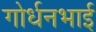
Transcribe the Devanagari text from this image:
गोर्धनभाई